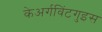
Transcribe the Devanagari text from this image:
केअर्गविंटगुइस